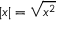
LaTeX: | x | = { \sqrt { x ^ { 2 } } }